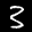
Label: 3